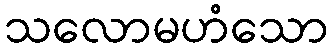
သလောမဟံသော